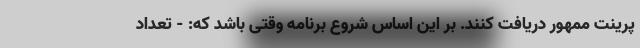
پرینت ممهور دریافت کنند. بر این اساس شروع برنامه وقتی باشد که: - تعداد